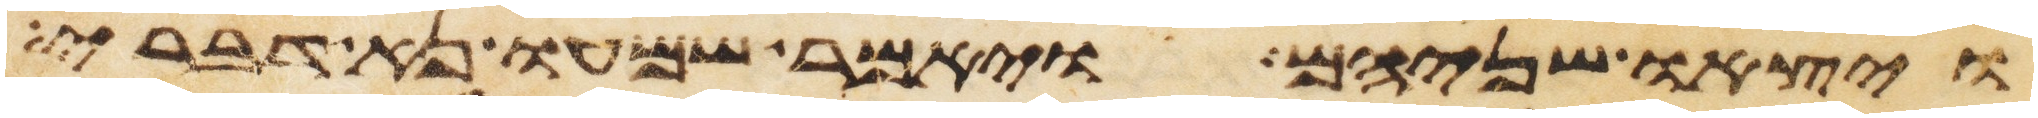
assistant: ויצאו שניהם ויאמר שמעו נא דברי